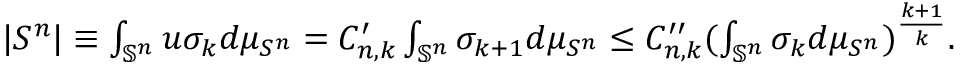
\begin{array} { r } { | S ^ { n } | \equiv \int _ { \mathbb { S } ^ { n } } u \sigma _ { k } d \mu _ { S ^ { n } } = C _ { n , k } ^ { \prime } \int _ { \mathbb { S } ^ { n } } \sigma _ { k + 1 } d \mu _ { S ^ { n } } \leq C _ { n , k } ^ { \prime \prime } ( \int _ { \mathbb { S } ^ { n } } \sigma _ { k } d \mu _ { S ^ { n } } ) ^ { \frac { k + 1 } { k } } . } \end{array}